Plague in India, 1896, 1897 - Volume 1
Year: 1896
Disease focus: Plague
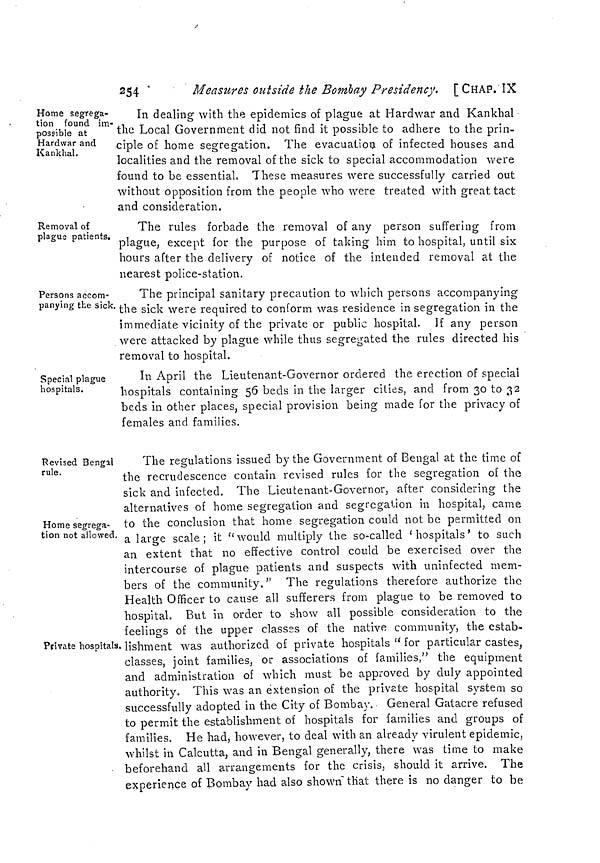
254
Measures outside the Bombay Presidency, [CHAP. IX
Home segrega-
tion found im-
possible at
Hardwar and
Kankhal.
In dealing with the epidemics of plague at Hardwar and Kankhal
the Local Government did not find it possible to adhere to the prin-
ciple of home segregation. The evacuation of infected houses and
localities and the removal of the sick to special accommodation were
found to be essential, These measures were successfully carried out
without opposition from the people who were treated with great tact
and consideration.
Removal of
plague patients.
The rules forbade the removal of any person suffering from
plague, except for the purpose of taking him to hospital, until six
hours after the delivery of notice of the intended removal at the
nearest police-station.
Persons accom-
panying the sick.
The principal sanitary precaution to which persons accompanying
the sick were required to conform was residence in segregation in the
immediate vicinity of the private or public hospital. If any person
were attacked by plague while thus segregated the rules directed his
removal to hospital.
Special plague
hospitals.
In April the Lieutenant-Governor ordered the erection of special
hospitals containing 56 beds in the larger cities, and from 30 to 32
beds in other places, special provision being made for the privacy of
females and families.
Revised Bengal
rule.
Home segrega-
tion not allowed.
Private hospitals.
The regulations issued by the Government of Bengal at the time of
the recrudescence contain revised rules for the segregation of the
sick and infected. The Lieutenant-Governor, after considering the
alternatives of home segregation and segregation in hospital, came
to the conclusion that home segregation could not be permitted on
a large scale; it "would multiply the so-called 'hospitals' to such
an extent that no effective control could be exercised over the
intercourse of plague patients and suspects with uninfected mem-
bers of the community." The regulations therefore authorize the
Health Officer to cause all sufferers from plague to be removed to
hospital. But in order to show all possible consideration to the
feelings of the upper classes of the native community, the estab-
lishment was authorized of private hospitals " for particular castes,
classes, joint families, or associations of families," the equipment
and administration of which must be approved by duly appointed
authority. This was an extension of the private hospital system so
successfully adopted in the City of Bombay. General Gatacre refused
to permit the establishment of hospitals for families and groups of
families. He had, however, to deal with an already virulent epidemic,
whilst in Calcutta, and in Bengal generally, there was time to make
beforehand all arrangements for the crisis, should it arrive. The
experience of Bombay had also shown that there is no danger to be